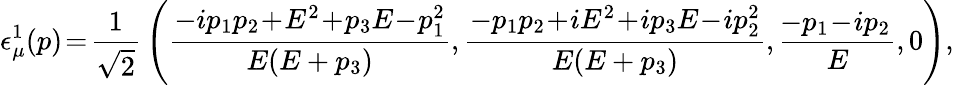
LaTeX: \epsilon_{\mu}^{1}(p)\! =\! {\frac{1}{\sqrt{2}}}\left({\frac{-ip_{1}p_{2}\! +\! E^{2}\! +\! p_{3}E\! -\! p_{1}^{2}}{E(E+p_{3})}},{\frac{-p_{1}p_{2}\! +\! iE^{2}\! +\! ip_{3}E\! -\! ip_{2}^{2}}{E(E+p_{3})}},{\frac{\! -p_{1}\! -\! ip_{2}}{E}},0\right),